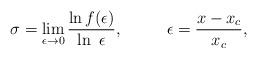
\begin{align*}\sigma =\lim _{\epsilon \rightarrow 0}\frac{ \ln f(\epsilon)}{\ln\ \epsilon}, \ ~~~~~~ \ \epsilon =\frac{x-x_c}{x_c},\end{align*}